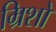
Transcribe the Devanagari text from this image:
म्रिशो